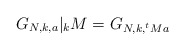
\begin{align*} G_{N,k,a}|_k M = G_{N,k,^tMa}\end{align*}